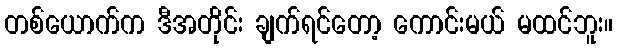
တစ်ယောက်က ဒီအတိုင်း ချက်ရင်တော့ ကောင်းမယ် မထင်ဘူး။